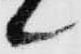
候